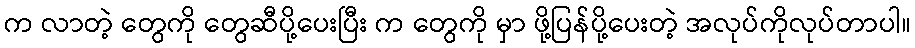
က လာတဲ့ တွေကို တွေဆီပို့ပေးပြီး က တွေကို မှာ ဖို့ပြန်ပို့ပေးတဲ့ အလုပ်ကိုလုပ်တာပါ။